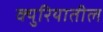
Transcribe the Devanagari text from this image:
क्युरियातील